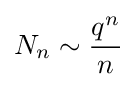
N_{n}\sim {\frac {q^{n}}{n}}